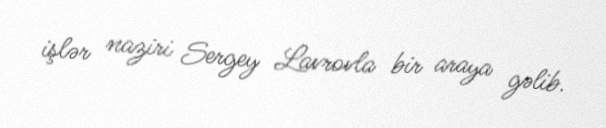
işlər naziri Sergey Lavrovla bir araya gəlib.